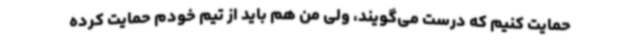
حمایت کنیم که درست می‌گویند، ولی من هم باید از تیم خودم حمایت کرده